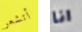
أتشعر انا